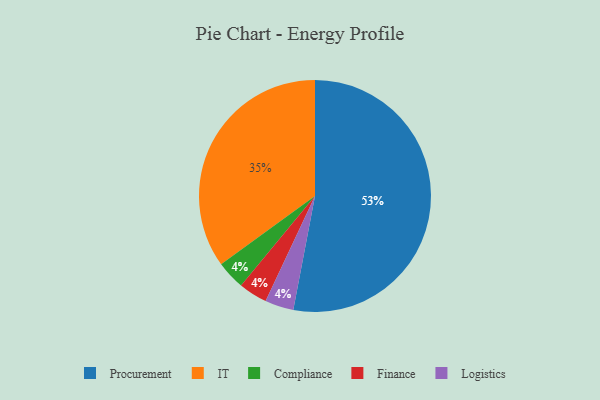
{"axis": {"x": "Category", "y": "Percentage"}, "legend": ["Compliance", "Finance", "IT", "Logistics", "Procurement"], "data": [{"x": "Compliance", "y": 4, "type": "Compliance"}, {"x": "Finance", "y": 4, "type": "Finance"}, {"x": "Logistics", "y": 4, "type": "Logistics"}, {"x": "IT", "y": 35, "type": "IT"}, {"x": "Procurement", "y": 53, "type": "Procurement"}]}